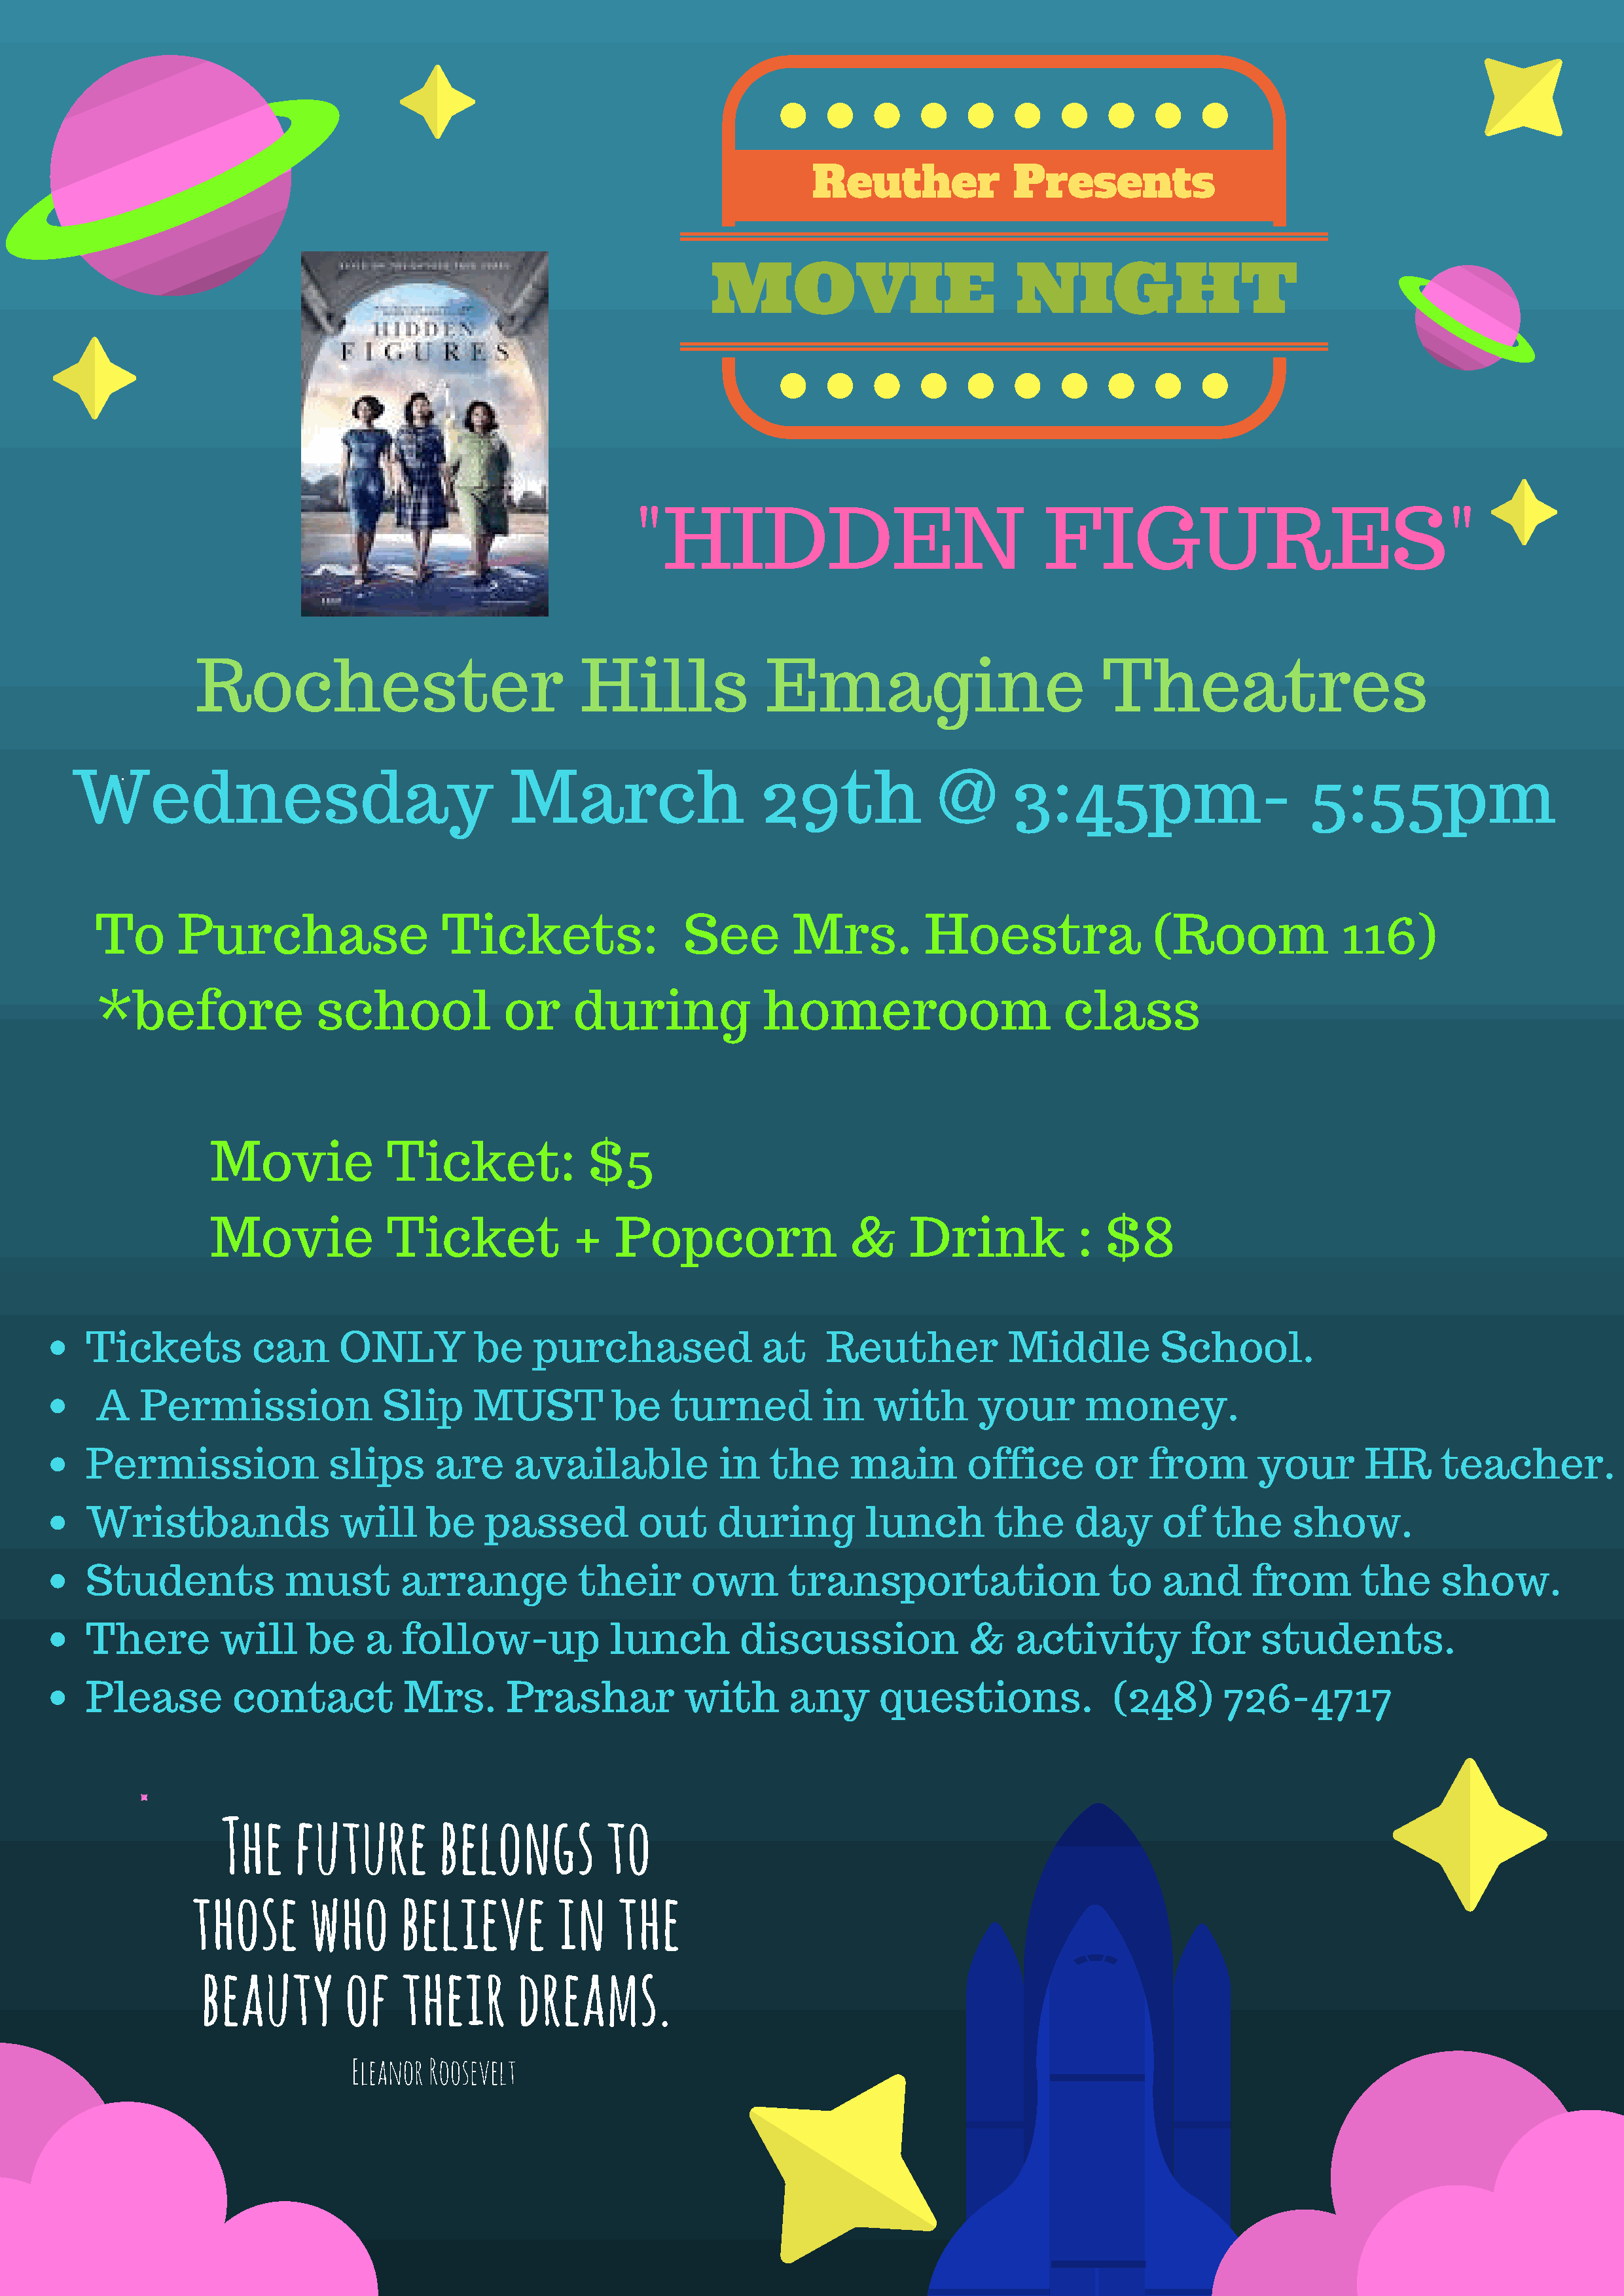
Reuther             Presents
 MOVIE                          NIGHT
 "HIDDEN                                   FIGURES"
 Rochester                              Hills             Emagine                           Theatres
 Wednesday                                    March                    29th              @      3:45pm-                       5:55pm
 To      Purchase                   Tickets:                See        Mrs.         Hoestra                 (Room              116)
 *before               school             or     during             homeroom                      class
 Movie             Ticket:             $5
 Movie             Ticket             +   Popcorn                 &     Drink            :  $8
 Tickets         can      ONLY          be    purchased              at    Reuther            Middle         School.
 A   Permission               Slip     MUST          be    turned         in   with       your       money.
 Permission              slips      are     available            in   the     main        office       or   from       your       HR      teacher.
 Wristbands               will     be    passed         out     during         lunch         the     day     of    the     show.
 Students            must       arrange           their       own       transportation                  to   and      from        the     show.
 There        will     be    a   follow-up            lunch        discussion             &    activity         for    students.
 Please        contact           Mrs.      Prashar           with       any      questions.             (248)       726-4717
 The     future        belongs          to
 those       who      believe         in    the
 beauty         of   their       dreams.
 Eleanor Roosevelt